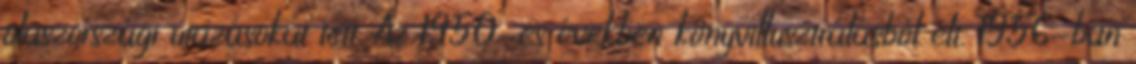
olaszországi utazásokat tett. Az 1950-es években könyvillusztrálásból élt. 1956-ban